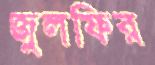
জুলফির